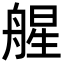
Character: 𦩠